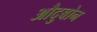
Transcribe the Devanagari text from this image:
औदुबोन